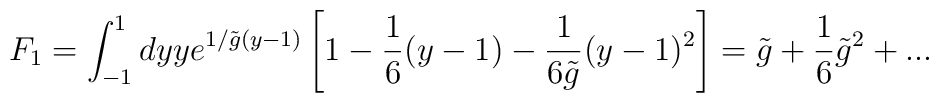
F_1=\int_{-1}^1 dy y e^{1/{\tilde g}(y-1)} \left[1-\frac {1}{6}(y-1) - \frac {1}{6\tilde g}(y-1)^2\right]=\tilde g+\frac {1}{6} {\tilde g}^2+...